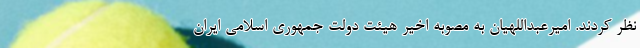
نظر کردند. امیرعبداللهیان به مصوبه اخیر هیئت دولت جمهوری اسلامی ایران